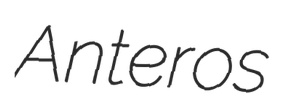
Anteros